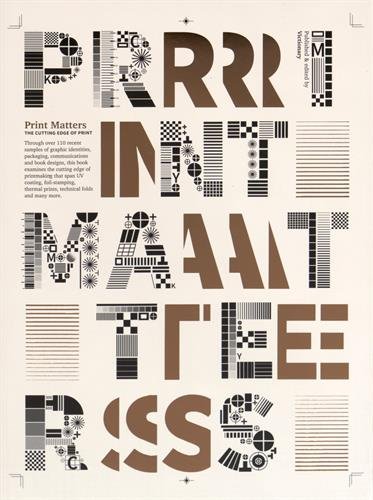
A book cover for Print Matters: The Cutting Edge of Print; Viction Workshop; Crafts, Hobbies & Home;